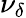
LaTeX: \nu_{\delta}